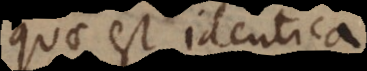
quae est identica,